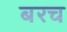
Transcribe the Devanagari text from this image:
बरच